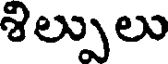
శిల్పులు